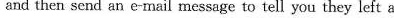
and then send an e-mail message to tell you they left a